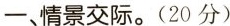
一、情景交际。(20 分)